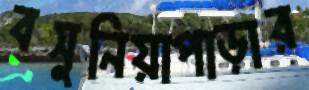
বসুনিয়াপাড়ার